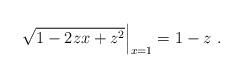
LaTeX: \begin{align*}\sqrt{1-2zx+z^2}\Big|_{x=1} = 1-z\ .\end{align*}